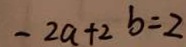
- 2 a + 2 b = 2